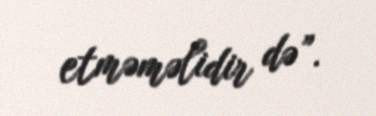
etməməlidir də”.